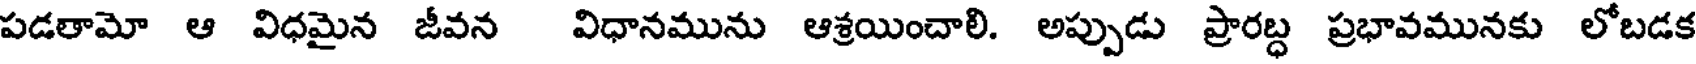
పడతామో ఆ విధమైన జీవన విధానమును ఆశ్రయించాలి. అప్పుడు ప్రారబ్ద ప్రభావమునకు లోబడక